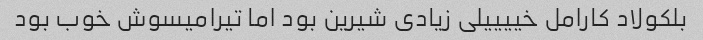
بلکولاد کارامل خییییلی زیادی شیرین بود اما تیرامیسوش خوب بود